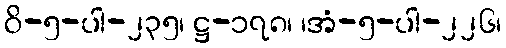
ဝိ-၅-ပါ-၂၃၅၊ ဋ္ဌ-၁၇၈၊ ၊အံ-၅-ပါ-၂၂၆၊